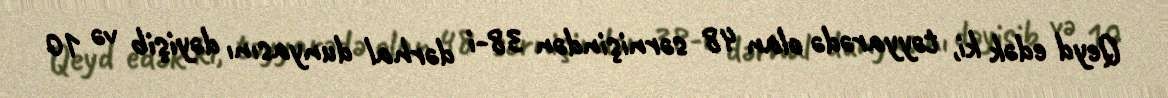
Qeyd edək ki, təyyarədə olan 48 sərnişindən 38-i dərhal dunyasını dəyişib və 10